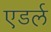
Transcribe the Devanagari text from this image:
एडर्ल